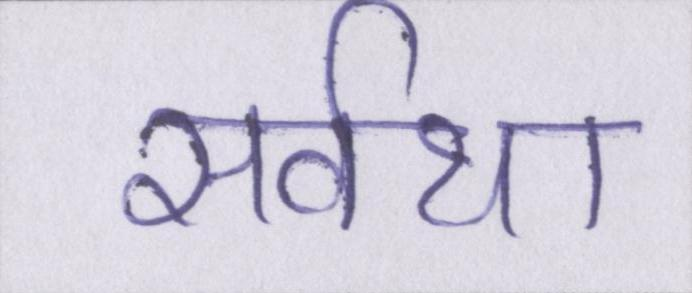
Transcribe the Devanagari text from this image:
सर्वथा